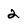
Character: 2